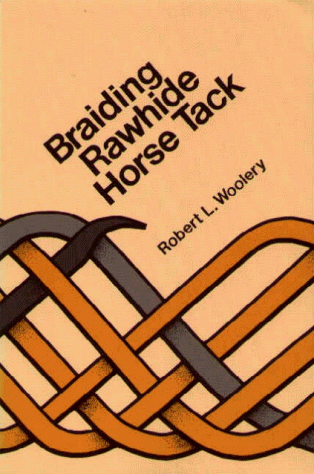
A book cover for Braiding Rawhide Horse Tack; Robert L. Woolery; Crafts, Hobbies & Home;